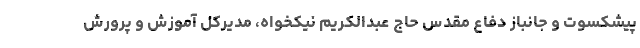
پیشکسوت و جانباز دفاع مقدس حاج عبدالکریم نیکخواه، مدیرکل آموزش و پرورش